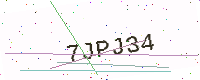
Text: 7JPJ34